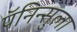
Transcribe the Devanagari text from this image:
पॅनिन्सुला